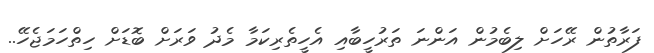
ފަރާތުން ރޭހަށް ލިބެމުން އަންނަ ތަރުހީބާއި އެހީތެރިކަމާ މެދު ވަރަށް ބޮޑަށް ހިތްހަަމަޖެހޭ..